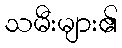
သမီးများ၏